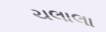
ચલાલા